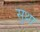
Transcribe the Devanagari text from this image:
सुथ्रा